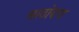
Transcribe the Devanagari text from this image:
साठोदरा